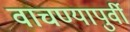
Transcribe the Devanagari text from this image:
वाचण्यापुर्वी